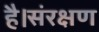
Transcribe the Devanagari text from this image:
है।संरक्षण